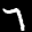
Label: 7